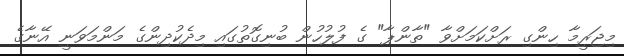
މިޖަރީމާ ހިންގި ރަށްކަމަށްވާ "ތާންޕާ" ގެ ފުލުހުން ބުނިގޮތުގައި މިދެކުދިންގެ މަންމަވަނީ އޭނާގެ